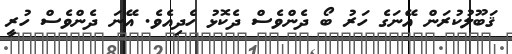
ޤަބޫލުކުރަން އޭނަގެ ހަރު ބޯ ދެންވެސް ދެކޮޅު ހެދިއެވެ. އޭނަ ދެންވެސް ހުރީ